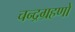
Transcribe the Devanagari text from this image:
चन्द्रग्रहणों